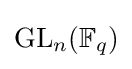
\mathrm {GL} _{n}(\mathbb {F} _{q})